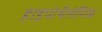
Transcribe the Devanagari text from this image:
हाइपोथैलेमिक